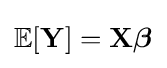
\mathbb {E} [\mathbf {Y} ]=\mathbf {X} {\boldsymbol {\beta }}